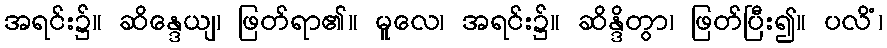
အရင်း၌။ ဆိန္ဒေယျ၊ ဖြတ်ရာ၏။ မူလေ၊ အရင်း၌။ ဆိန္ဒိတွာ၊ ဖြတ်ပြီး၍။ ပလိံ၊